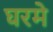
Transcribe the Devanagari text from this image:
घरमे